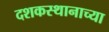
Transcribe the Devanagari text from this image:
दशकस्थानाच्या